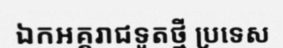
ឯកអគ្គរាជទូតថ្មី ប្រទេស